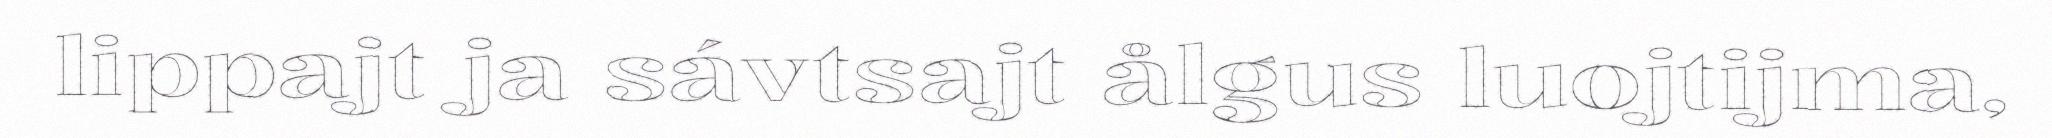
lippajt ja sávtsajt ålgus luojtijma,